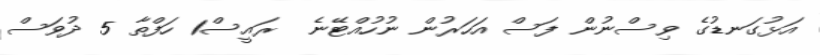
އަޅުގަނޑުގެ ވިސްނުން ފަސް އަހަރުން ނުހުއްޓޭނެ  ރައީސް1 ހަފްތާ 5 ދުވަސް